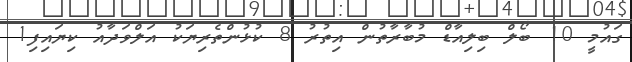
ގައުމީ 10 ބޯލް ބިލިއާޑް މުބާރާތުން އިތުރު 8 ކުޅުންތެރިޔަކު އަލްވަދާއު ކިޔައިފި1